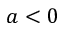
a < 0